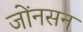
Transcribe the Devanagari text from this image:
जोंनसन